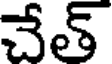
చేత్